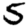
Digit: 5